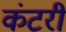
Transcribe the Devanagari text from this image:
कंटरी